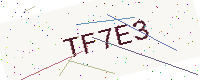
Text: TF7E3